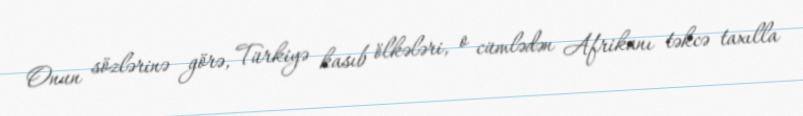
Onun sözlərinə görə, Türkiyə kasıb ölkələri, o cümlədən Afrikanı təkcə taxılla